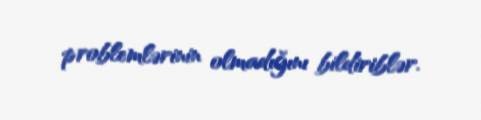
problemlərinin olmadığını bildiriblər.